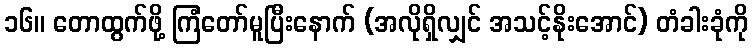
၁၆။ တောထွက်ဖို့ ကြံတော်မူပြီးနောက် (အလိုရှိလျှင် အသင့်နိုးအောင်) တံခါးခုံကို